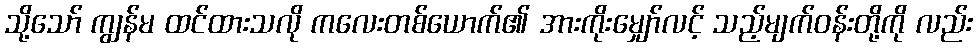
သို့သော် ကျွန်မ ထင်ထားသလို ကလေးတစ်ယောက်၏ အားကိုးမျှော်လင့် သည့်မျက်ဝန်းတို့ကို လည်း